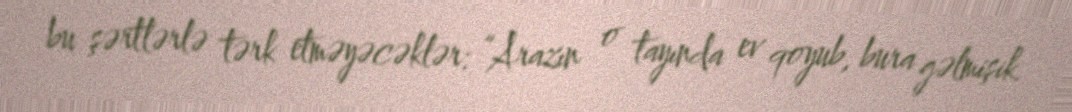
bu şərtlərlə tərk etməyəcəklər: “Arazın o tayında ev qoyub, bura gəlmişik.